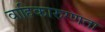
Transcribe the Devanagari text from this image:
वाहिकारुग्णता